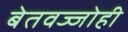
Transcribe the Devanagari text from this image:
बेतवज्जोही